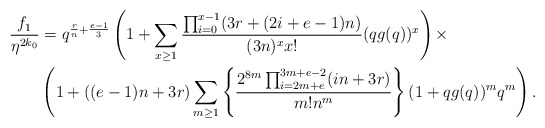
\begin{align*}\frac{f_1}{\eta^{2k_0}} &= q^{\frac{r}{n}+\frac{e-1}{3}}\left(1+\sum_{x\geq 1}\frac{\prod_{i = 0}^{x-1}(3r+(2i+e-1)n)}{(3n)^xx!}(qg(q))^x\right)\times \\&\left(1+((e-1)n+3r)\sum_{m\geq 1} \left\{\frac{2^{8m}\prod_{i=2m+e}^{3m+e-2}(in+3r)}{m!n^m}\right\}(1+qg(q))^mq^{m}\right).\end{align*}